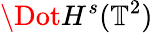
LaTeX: \Dot{H}^{s}(\mathbb{T}^{2})